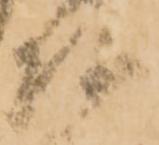
頭